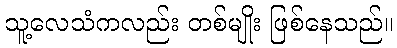
သူ့လေသံကလည်း တစ်မျိုး ဖြစ်နေသည်။